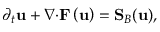
\partial _ { t } \mathbf { u } + \boldsymbol { \nabla } { \cdot } \mathbf { F } \left( \mathbf { u } \right) = \mathbf { S } _ { \boldsymbol { B } } ( \mathbf { u } ) ,